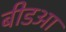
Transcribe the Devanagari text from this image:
बीडआ